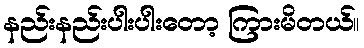
နည်းနည်းပါးပါးတော့ ကြားမိတယ်။